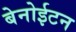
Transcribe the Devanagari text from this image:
बेनोईटन